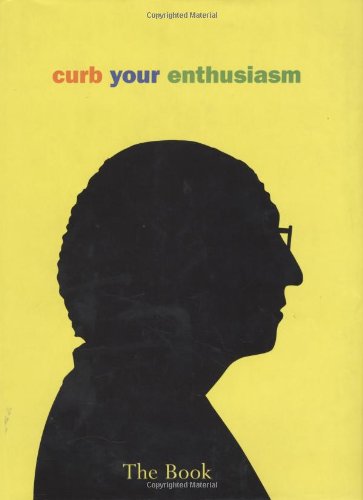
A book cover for Curb Your Enthusiasm: The Book; Deirdre Dolan; Humor & Entertainment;